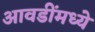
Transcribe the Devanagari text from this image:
आवडींमध्ये